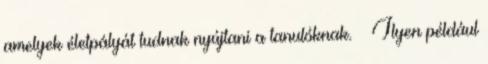
amelyek életpályát tudnak nyújtani a tanulóknak. – Ilyen például